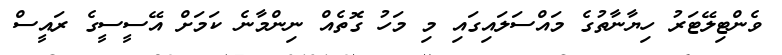
ވެންޓިލޭޓަރު ހިޔާނާތުގެ މައްސަލައިގައި މި މަހު ގޮތެއް ނިންމާނެ ކަމަށް އޭސީސީގެ ރައީސް